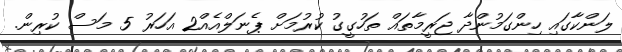
ލަންކާގައި ހިންގަމުންދާ ޖަރީމާތައް ތަހުގީގު ކުރުމަށް ޕެނަލްއެއް2 އަހަރު 5 މަސް ކުރިން.